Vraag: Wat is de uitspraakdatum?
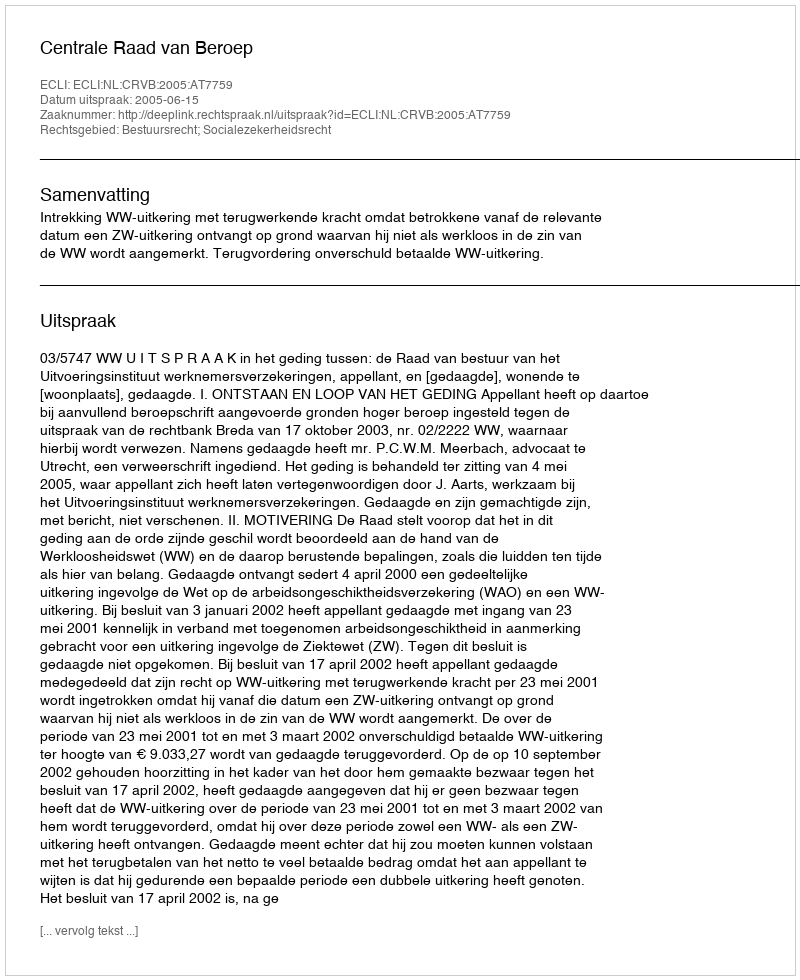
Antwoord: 2005-06-15